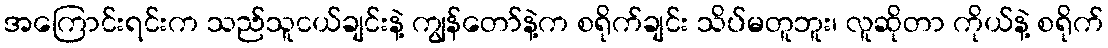
အကြောင်းရင်းက သည်သူငယ်ချင်းနဲ့ ကျွန်တော်နဲ့က စရိုက်ချင်း သိပ်မတူဘူး၊ လူဆိုတာ ကိုယ်နဲ့ စရိုက်